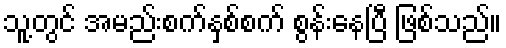
သူ့တွင် အမည်းစက်နှစ်စက် စွန်းနေပြီ ဖြစ်သည်။